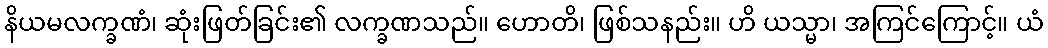
နိယမလက္ခဏံ၊ ဆုံးဖြတ်ခြင်း၏ လက္ခဏသည်။ ဟောတိ၊ ဖြစ်သနည်း။ ဟိ ယသ္မာ၊ အကြင်ကြောင့်။ ယံ